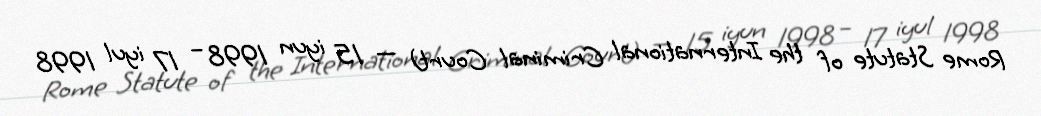
Rome Statute of the International Criminal Court) — 15 iyun 1998 – 17 iyul 1998